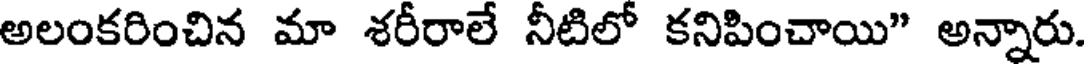
అలంకరించిన మా శరీరాలే నీటిలో కనిపించాయి" అన్నారు.